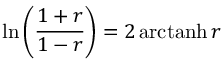
\ln \left( { \frac { 1 + r } { 1 - r } } \right) = 2 \operatorname { a r c t a n h } r